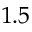
1 . 5